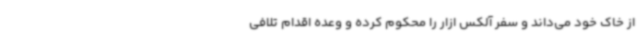
از خاک خود می‌داند و سفر آلکس ازار را محکوم کرده و وعده اقدام تلافی